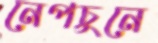
নেপচুনে